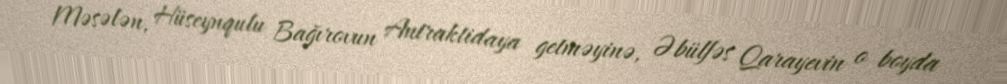
Məsələn, Hüseynqulu Bağırovun Antraktidaya getməyinə, Əbülfəs Qarayevin o boyda